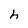
Character: h